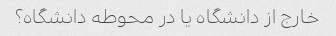
خارج از دانشگاه یا در محوطه دانشگاه؟